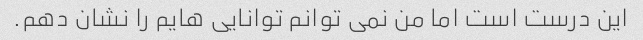
این درست است اما من نمی توانم توانایی هایم را نشان دهم.